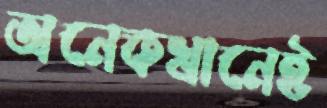
অনেকখানেই